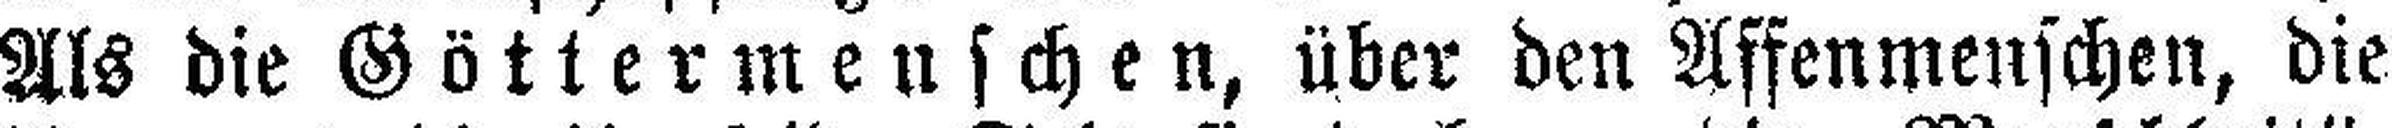
Als die Göttermenschen, über den Affenmenschen, die